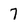
Character: 7